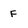
Character: F